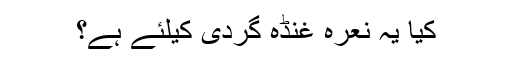
کیا یہ نعرہ غنڈہ گردی کیلئے ہے؟